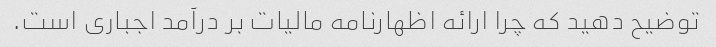
توضیح دهید که چرا ارائه اظهارنامه مالیات بر درآمد اجباری است.